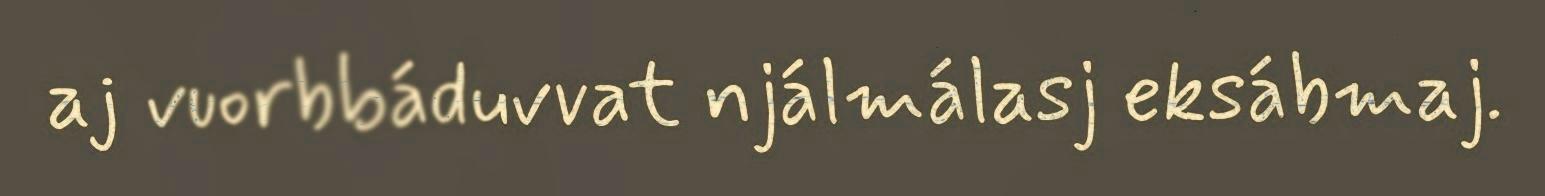
aj vuorbbáduvvat njálmálasj eksábmaj.